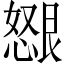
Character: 𫻂